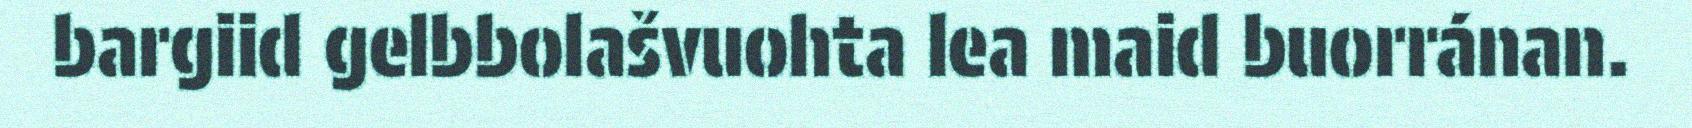
bargiid gelbbolašvuohta lea maid buorránan.